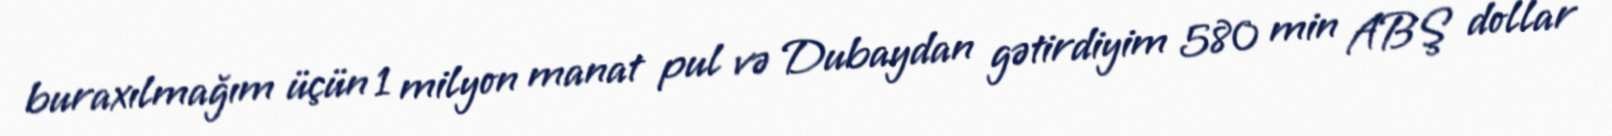
buraxılmağım üçün 1 milyon manat pul və Dubaydan gətirdiyim 580 min ABŞ dollar